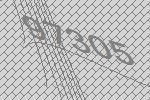
97305